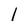
Character: l